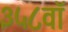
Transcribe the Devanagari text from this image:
३५८वॉ